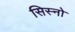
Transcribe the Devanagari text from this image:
सिस्नो